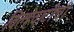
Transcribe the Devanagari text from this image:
विल्हेवाटीची